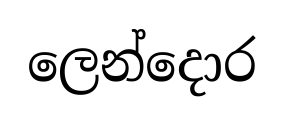
ලෙන්දොර